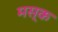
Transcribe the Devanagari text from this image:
मस्‍क